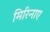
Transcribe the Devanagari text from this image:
मिरिनाए